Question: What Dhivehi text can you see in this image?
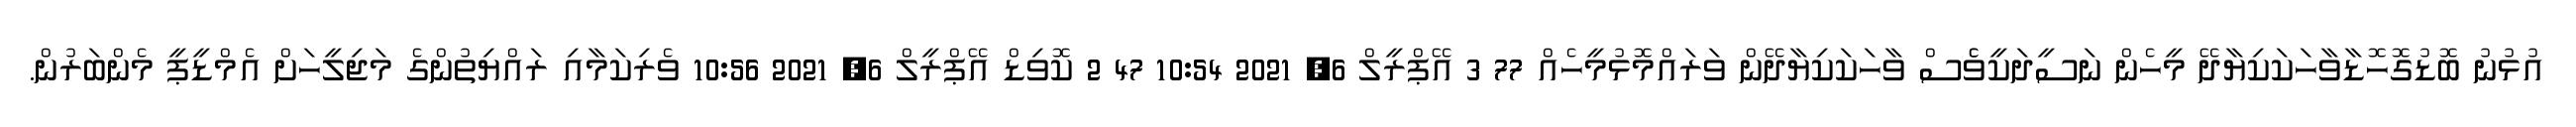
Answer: އުޅުނު ބޮޑުގޮހޮޑާވާހަކަކިޔާދޭ މީހެން ނަސީދަކީވެެސް ވާހަކަކިޔާދޭން ވަރައްމޮޅުމީހެއް 77 3 އޭޕްރީލް 6, 2021 10:54 47 2 ކޮވިޑް އޭޕްރީލް 6, 2021 10:56 ވެރިކަމާއި ރައްޔިތުންގެ މަޖިލީހަށް އެމްޑީޕީ މެންބަރުން.